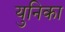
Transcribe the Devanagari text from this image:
युनिका